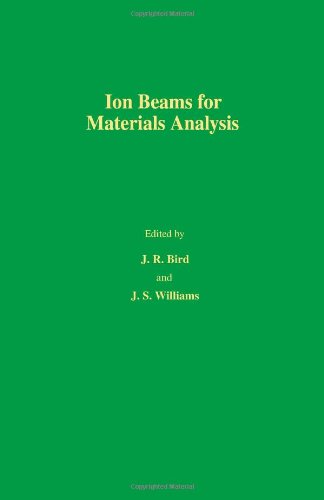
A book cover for Ion Beams for Materials Analysis; Science & Math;